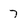
Character: 7